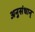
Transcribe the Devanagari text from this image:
अनुसंधान्